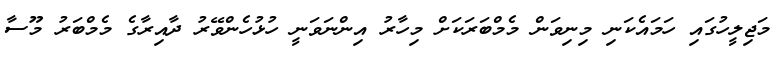
މަޖިލީހުގައި ހަމައެކަނި މިނިވަން މެމްބަރަކަށް މިހާރު އިންނަވަނީ ހުޅުހެންވޭރު ދާއިރާގެ މެމްބަރު މޫސާ